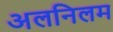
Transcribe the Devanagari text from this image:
अलनिलम